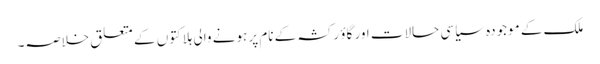
ملک کے موجودہ سیاسی حالات اور گاؤ رکشہ کے نام پر ہونے والی ہلاکتوں کے متعلق خلاصہ۔